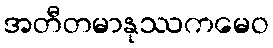
အတီတမာနုဿကမေဝ